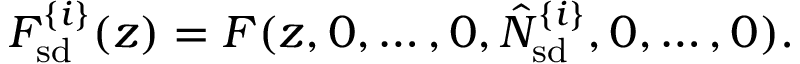
F _ { \mathrm { s d } } ^ { \{ i \} } ( z ) = F ( z , 0 , \ldots , 0 , \hat { N } _ { \mathrm { s d } } ^ { \{ i \} } , 0 , \ldots , 0 ) .